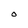
Character: O